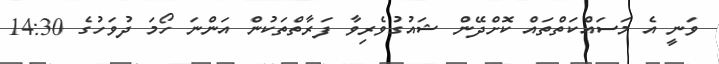
ވަނީ އެ މަސައްކަތްތައް ކޮށްދޭން ޝައުގުވެރިވާ ފަރާތްތަކުން އަންނަ ހޯމަ ދުވަހުގެ 14:30